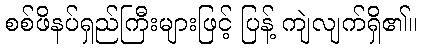
စစ်ဖိနပ်ရှည်ကြီးများဖြင့် ပြန့် ကျဲလျက်ရှိ၏။